Plague in India, 1896, 1897 - Volume 1
Year: 1896
Disease focus: Plague
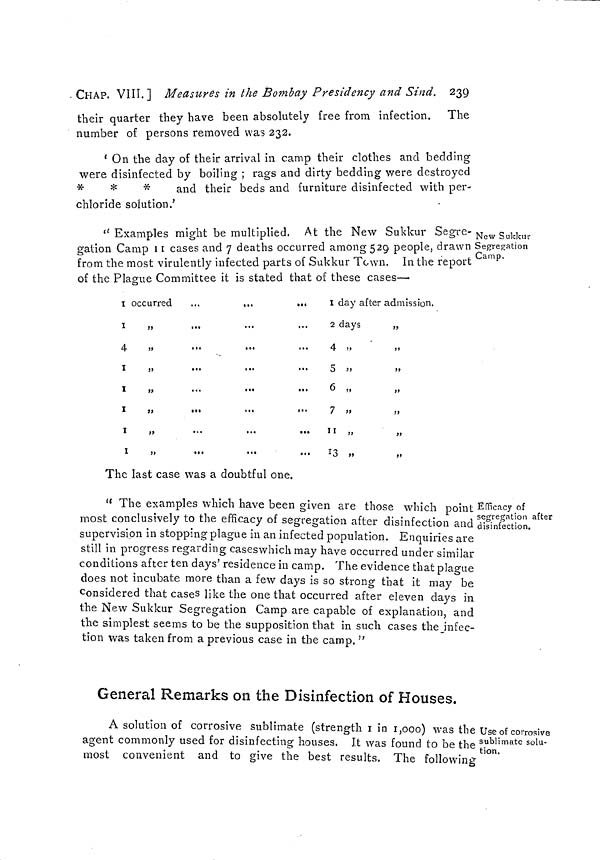
CHAP. VIII. ] Measures in the Bombay Presidency and Sind. 239
their quarter they have been absolutely free from infection. The
number of persons removed was 232.
' On the day of their arrival in camp their clothes and bedding
were disinfected by boiling ; rags and dirty bedding were destroyed
*
*
*
and their beds and furniture disinfected with per-
chloride solution.'
New Sukkur
Segregation
Camp.
" Examples might be multiplied. At the New Sukkur Segre-
gation Camp 11 cases and 7 deaths occurred among 529 people, drawn
from the most virulently infected parts of Sukkur Town. In the report
of the Plague Committee it is stated that of these cases—
I occurred
.,.
...
..«
1
„
4
1
„
1
„
1
„
1
„
1
„
I day after admission.
2 days
„
4
,,
,,
5
,,
,,
6 „
7 „
11 ,,
13 „
The last case was a doubtful one.
Efficacy of
segregation after
disinfection.
" The examples which have been given are those which point
most conclusively to the efficacy of segregation after disinfection and
supervision in stopping plague in an infected population. Enquiries are
still in progress regarding caseswhich may have occurred under similar
conditions after ten days' residence in camp. The evidence that plague
does not incubate more than a few days is so strong that it may be
considered that cases like the one that occurred after eleven days in
the New Sukkur Segregation Camp are capable of explanation, and
the simplest seems to be the supposition that in such cases the infec-
tion was taken from a previous case in the camp."
General Remarks on the Disinfection of Houses.
Use of corrosive
sublimate solu-
tion.
A solution of corrosive sublimate (strength 1 in 1,000) was the
agent commonly used for disinfecting houses. It was found to be the
most convenient and to give the best results. The following